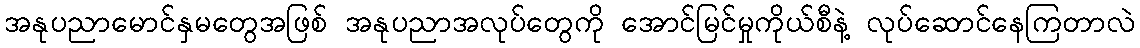
အနုပညာမောင်နှမတွေအဖြစ် အနုပညာအလုပ်တွေကို အောင်မြင်မှုကိုယ်စီနဲ့ လုပ်ဆောင်နေကြတာလဲ